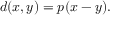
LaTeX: d ( x , y ) = p ( x - y ) .